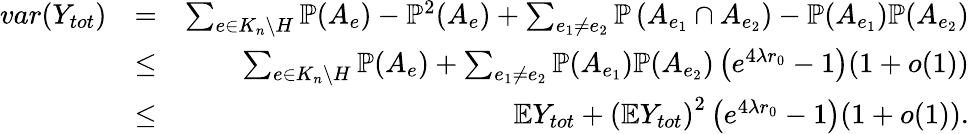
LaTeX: \begin{array}{rlr}{var(Y_{tot})}&{=}&{\sum_{e\in K_{n}\setminus H}\mathbb{P}(A_{e})-\mathbb{P}^{2}(A_{e})+\sum_{e_{1}\neq e_{2}}\mathbb{P}\left(A_{e_{1}}\cap A_{e_{2}}\right)-\mathbb{P}(A_{e_{1}})\mathbb{P}(A_{e_{2}})}\\ &{\leq}&{\sum_{e\in K_{n}\setminus H}\mathbb{P}(A_{e})+\sum_{e_{1}\neq e_{2}}\mathbb{P}(A_{e_{1}})\mathbb{P}(A_{e_{2}})\left(e^{4\lambda r_{0}}-1\right)(1+o(1))}\\ &{\leq}&{\mathbb{E}Y_{tot}+\left(\mathbb{E}Y_{tot}\right)^{2}\left(e^{4\lambda r_{0}}-1\right)(1+o(1)).}\end{array}